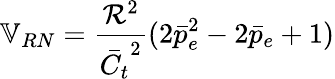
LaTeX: \mathbb{V}_{RN}=\frac{\mathcal{R}^{2}}{\bar{C_{t}}^{2}}(2\bar{p}_{e}^{2}-2\bar{p}_{e}+1)